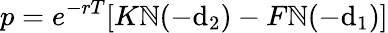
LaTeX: p=e^{-rT}[K\mathbb{N}(-\mathrm{d}_{2})-F\mathbb{N}(-\mathrm{d}_{1})]